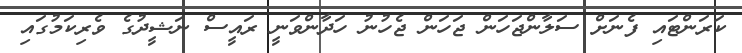
ކަރަންޓައި ފެނަށް ސަލާންޖަހަން ޖަހަން ޖެހުނު ހަދާންވަނީ ރައީސް ނަޝީދުގެ ވެރިކަމުގައި